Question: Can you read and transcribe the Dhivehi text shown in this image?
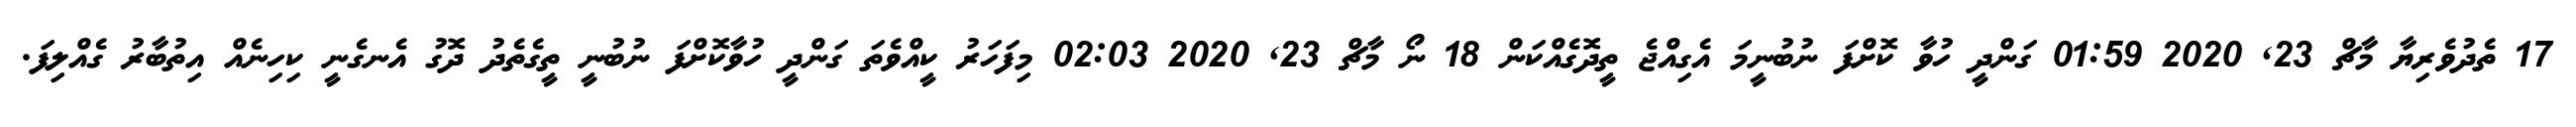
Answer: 17 ތެދުވެރިޔާ މާޗް 23, 2020 01:59 ގަންދީ ހުވާ ކޮށްފަ ނުބުނީމަ އެގިއްޖެ ތީދޮގެއްކަން 18 ނޯ މާޗް 23, 2020 02:03 މިފަހަރު ކީއްވެތަ ގަންދީ ހުވާކޮށްފަ ނުބުނީ ތީގެތެދު ދޮގު އެނގެނީ ކިހިނެއް އިތުބާރު ގެއްލިފަ.